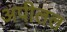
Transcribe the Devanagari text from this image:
अपीलल